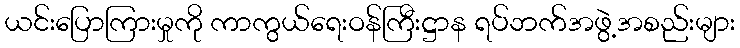
ယင်းပြောကြားမှုကို ကာကွယ်ရေးဝန်ကြီးဋ္ဌာန ရပ်ဘက်အဖွဲ့အစည်းများ